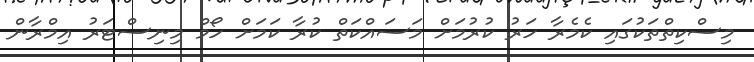
މިސްކިތްތަކުގައި ކެމެރާ ހަރު ކުރުމަށް މަސައްކަތް ކުރާ ކަމަށް ހޯމް މިނިސްޓަރު އިމްރާން